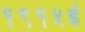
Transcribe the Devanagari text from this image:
१९१५ई